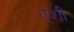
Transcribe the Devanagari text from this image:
एशी